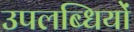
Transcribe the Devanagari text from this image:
उपलब्धियों